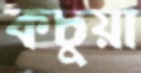
কচুয়া